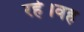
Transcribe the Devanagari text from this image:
रहे।वह